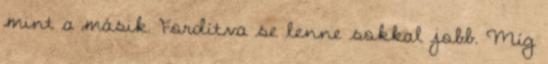
mint a másik. Fordítva se lenne sokkal jobb. Míg